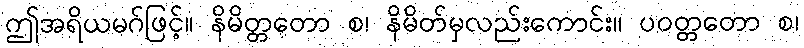
ဤအရိယမဂ်ဖြင့်။ နိမိတ္တတော စ၊ နိမိတ်မှလည်းကောင်း။ ပဝတ္တတော စ၊